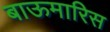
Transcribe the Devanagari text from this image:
बाऊमारिस